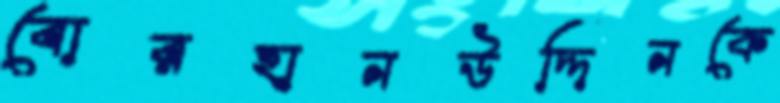
বোরহানউদ্দিনকে